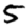
Digit: 5